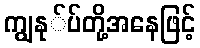
ကျွနု်ပ်တို့အနေဖြင့်